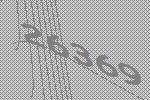
26369